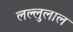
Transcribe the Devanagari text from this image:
लल्लुलाल